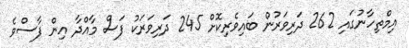
އިމްތިހާނުގައި 262 ދަރިވަރުން ބައިވެރިކޮށް 245 ދަރިވަރަކު ފަސް މާއްދާ އިން ފާސްވެ